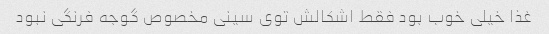
غذا خیلی خوب بود فقط اشکالش توی سینی مخصوص گوجه فرنگی نبود